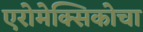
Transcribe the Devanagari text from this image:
एरोमेक्सिकोचा